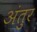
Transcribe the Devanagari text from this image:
अंतुर